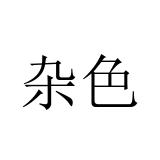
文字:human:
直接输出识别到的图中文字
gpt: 杂色